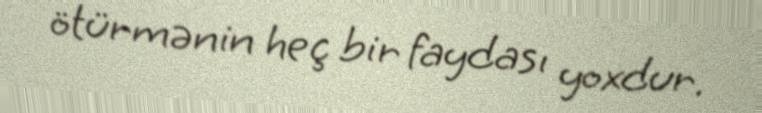
ötürmənin heç bir faydası yoxdur.